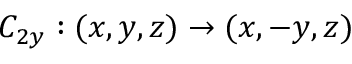
C _ { 2 y } : ( x , y , z ) \to ( x , - y , z )